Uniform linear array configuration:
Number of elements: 48
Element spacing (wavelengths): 0.75
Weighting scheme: kaiser
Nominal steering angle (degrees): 30
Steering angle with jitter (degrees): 29.766
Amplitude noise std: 0.05
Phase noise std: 0.05

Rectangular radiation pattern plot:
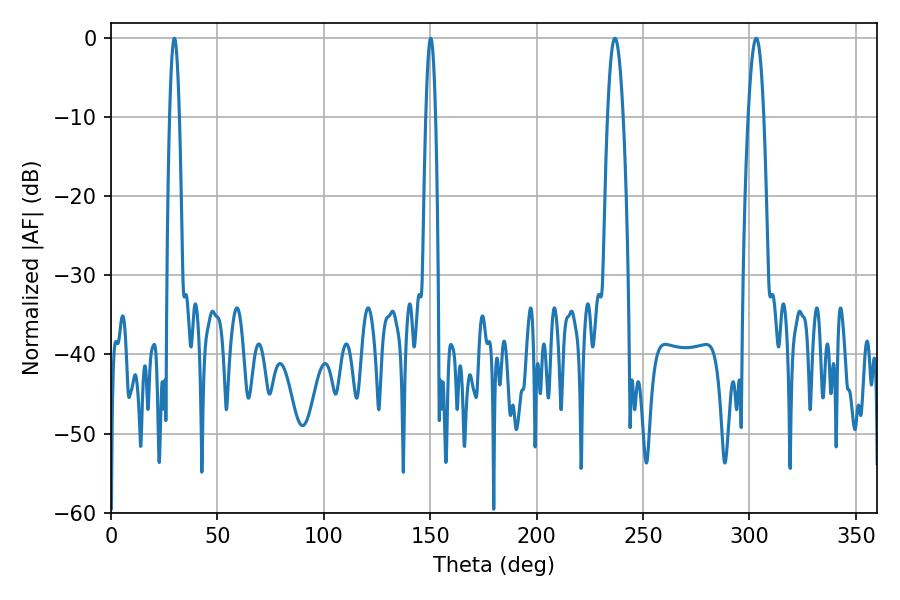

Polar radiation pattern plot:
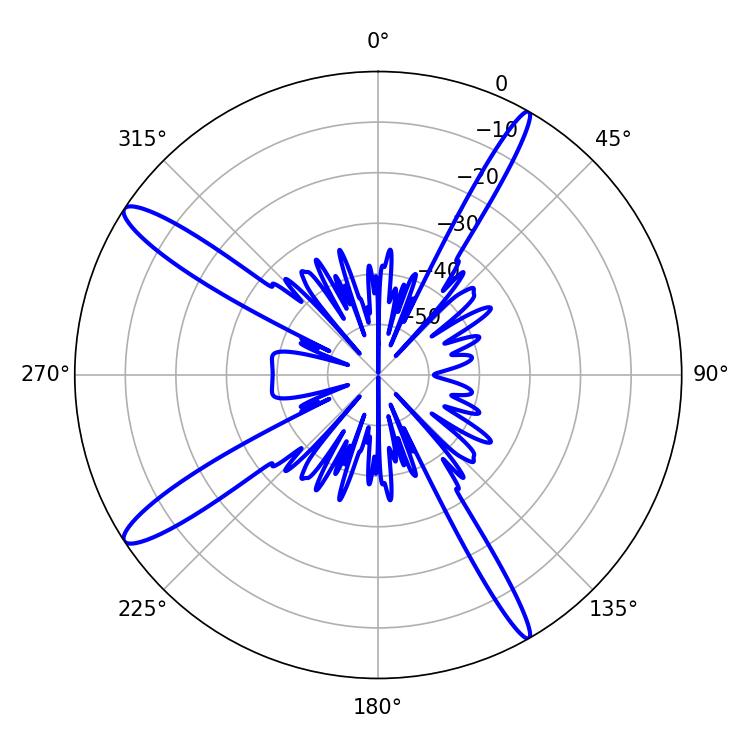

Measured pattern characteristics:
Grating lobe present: TRUE
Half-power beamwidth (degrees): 3.96
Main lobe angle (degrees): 303.12